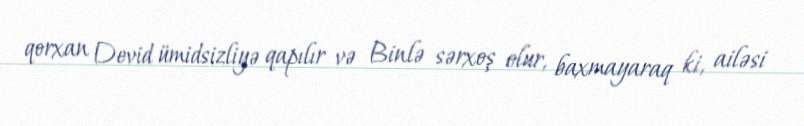
qorxan Devid ümidsizliyə qapılır və Binlə sərxoş olur, baxmayaraq ki, ailəsi